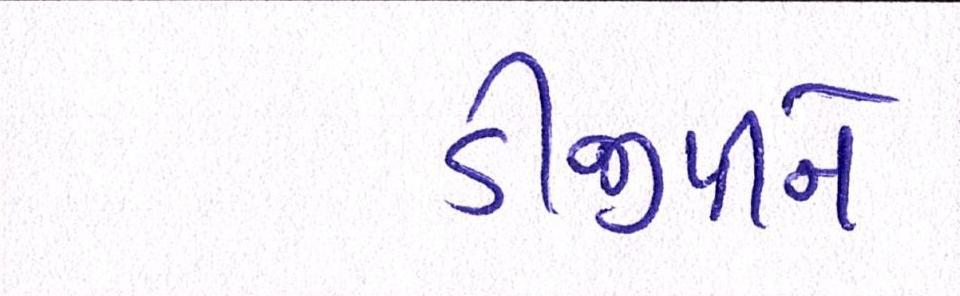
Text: ડીજીપીને